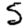
Digit: 5